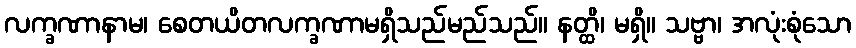
လက္ခဏာနာမ၊ စေတယိတလက္ခဏာမရှိသည်မည်သည်။ နတ္ထိ၊ မရှိ။ သဗ္ဗာ၊ အလုံးစုံသော